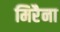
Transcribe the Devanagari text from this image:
मिरैना